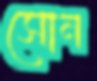
সোন